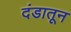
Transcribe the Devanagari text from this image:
दंडातून